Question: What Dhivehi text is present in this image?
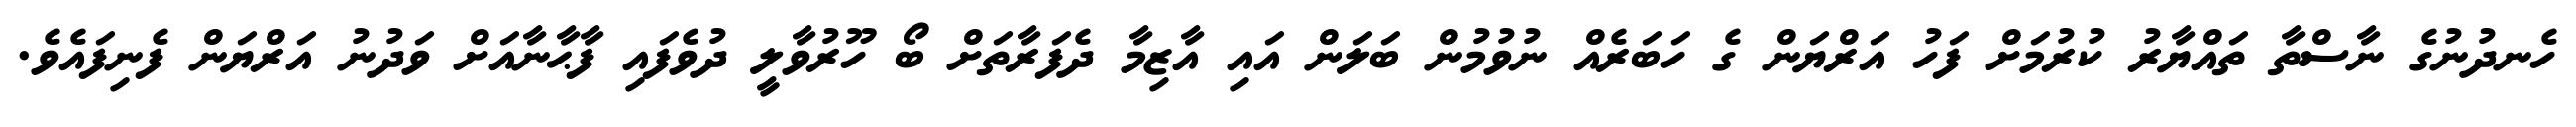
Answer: ހެނދުނުގެ ނާސްތާ ތައްޔާރު ކުރުމަށް ފަހު އަރްޔަން ގެ ހަބަރެއް ނުވުމުން ބަލަން އައި އާޒިމާ ދެފަރާތަށް ބޯ ހޫރުވާލީ ދުވެފައި ފާޙާނާއަށް ވަދުނު އަރްޔަން ފެނިފައެވެ.